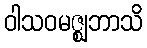
ဝါသဝမဇ္ဈဘာသိ